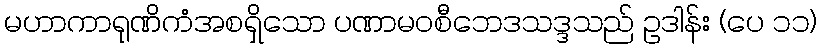
မဟာကာရုဏိကံအစရှိသော ပဏာမဝစီဘေဒသဒ္ဒသည် ဥဒါန်း (ပေ ၁၁)